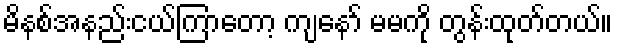
မိနစ်အနည်းငယ်ကြာတော့ ကျနော် မမကို တွန်းထုတ်တယ်။